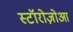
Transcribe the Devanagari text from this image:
स्टॉरोज़ोआ